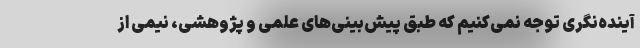
آینده‌نگری توجه نمی‌کنیم که طبق پیش‌بینی‌های علمی و پژوهشی، نیمی از